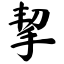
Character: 挈